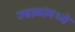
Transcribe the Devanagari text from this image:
ज्वाळांमध्ये